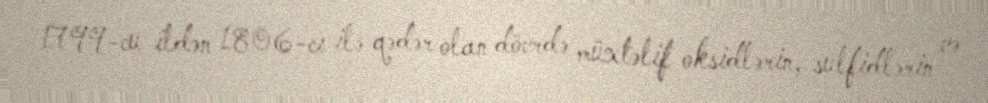
1799-cu ildən 1806-cı ilə qədər olan dövrdə müxtəlif oksidlərin, sulfidlərin və